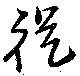
従